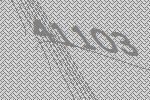
41103